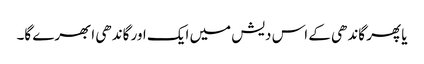
یا پھر گاندھی کے اس دیش میں ایک اور گاندھی ابھرے گا۔